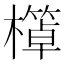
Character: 𱤩